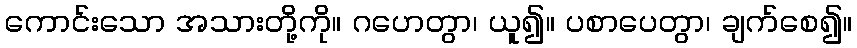
ကောင်းသော အသားတို့ကို။ ဂဟေတွာ၊ ယူ၍။ ပစာပေတွာ၊ ချက်စေ၍။